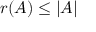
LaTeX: r ( A ) \leq | A |